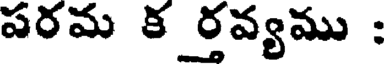
పరమ క ర్తవ్యము :